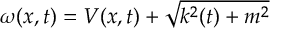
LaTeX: \omega ( x , t ) = V ( x , t ) + \sqrt { k ^ { 2 } ( t ) + m ^ { 2 } }